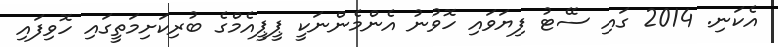
އެކަނި. 2014 ގައި ސޭޓު ފިޔަވައި ހޮވުނު އެންމެންނަކީ ޕީޕީއެމްގެ ބުރިކަށިމަތީގައި ހޮވިފައި